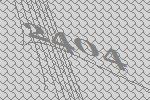
2404